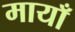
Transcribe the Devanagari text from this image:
मायाँ